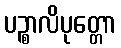
ပဉ္စာလိပုတ္တော